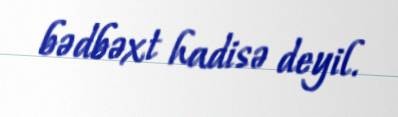
bədbəxt hadisə deyil.